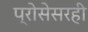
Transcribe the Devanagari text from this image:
प्रोसेसरही